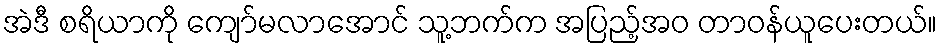
အဲဒီ စရိယာကို ကျော်မလာအောင် သူ့ဘက်က အပြည့်အဝ တာဝန်ယူပေးတယ်။